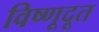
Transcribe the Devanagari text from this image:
विष्णूदूत